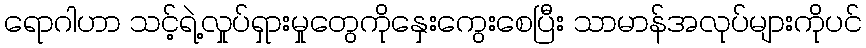
ရောဂါဟာ သင့်ရဲ့လှုပ်ရှားမှုတွေကိုနှေးကွေးစေပြီး သာမာန်အလုပ်များကိုပင်